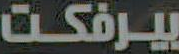
بيرفكت